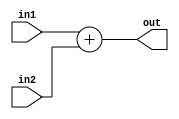
`timescale 1ns / 1ps
//////////////////////////////////////////////////////////////////////////////////
// Company: 
// Engineer: 
// 
// Design Name: 
// Module Name:    ADD 
// Project Name: 
// Target Devices: 
// Tool versions: 
// Description: 
//
// Dependencies: 
//
// Revision: 
// Revision 0.01 - File Created
// Additional Comments: 
//
//////////////////////////////////////////////////////////////////////////////////
module ADD(out,in1,in2);
input [15:0]in1,in2;
output reg [15:0]out;
always @(*)
out=in1+in2;
endmodule